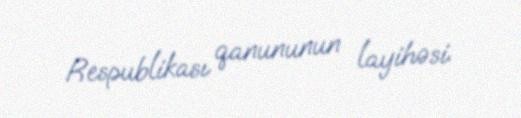
Respublikası qanununun layihəsi.